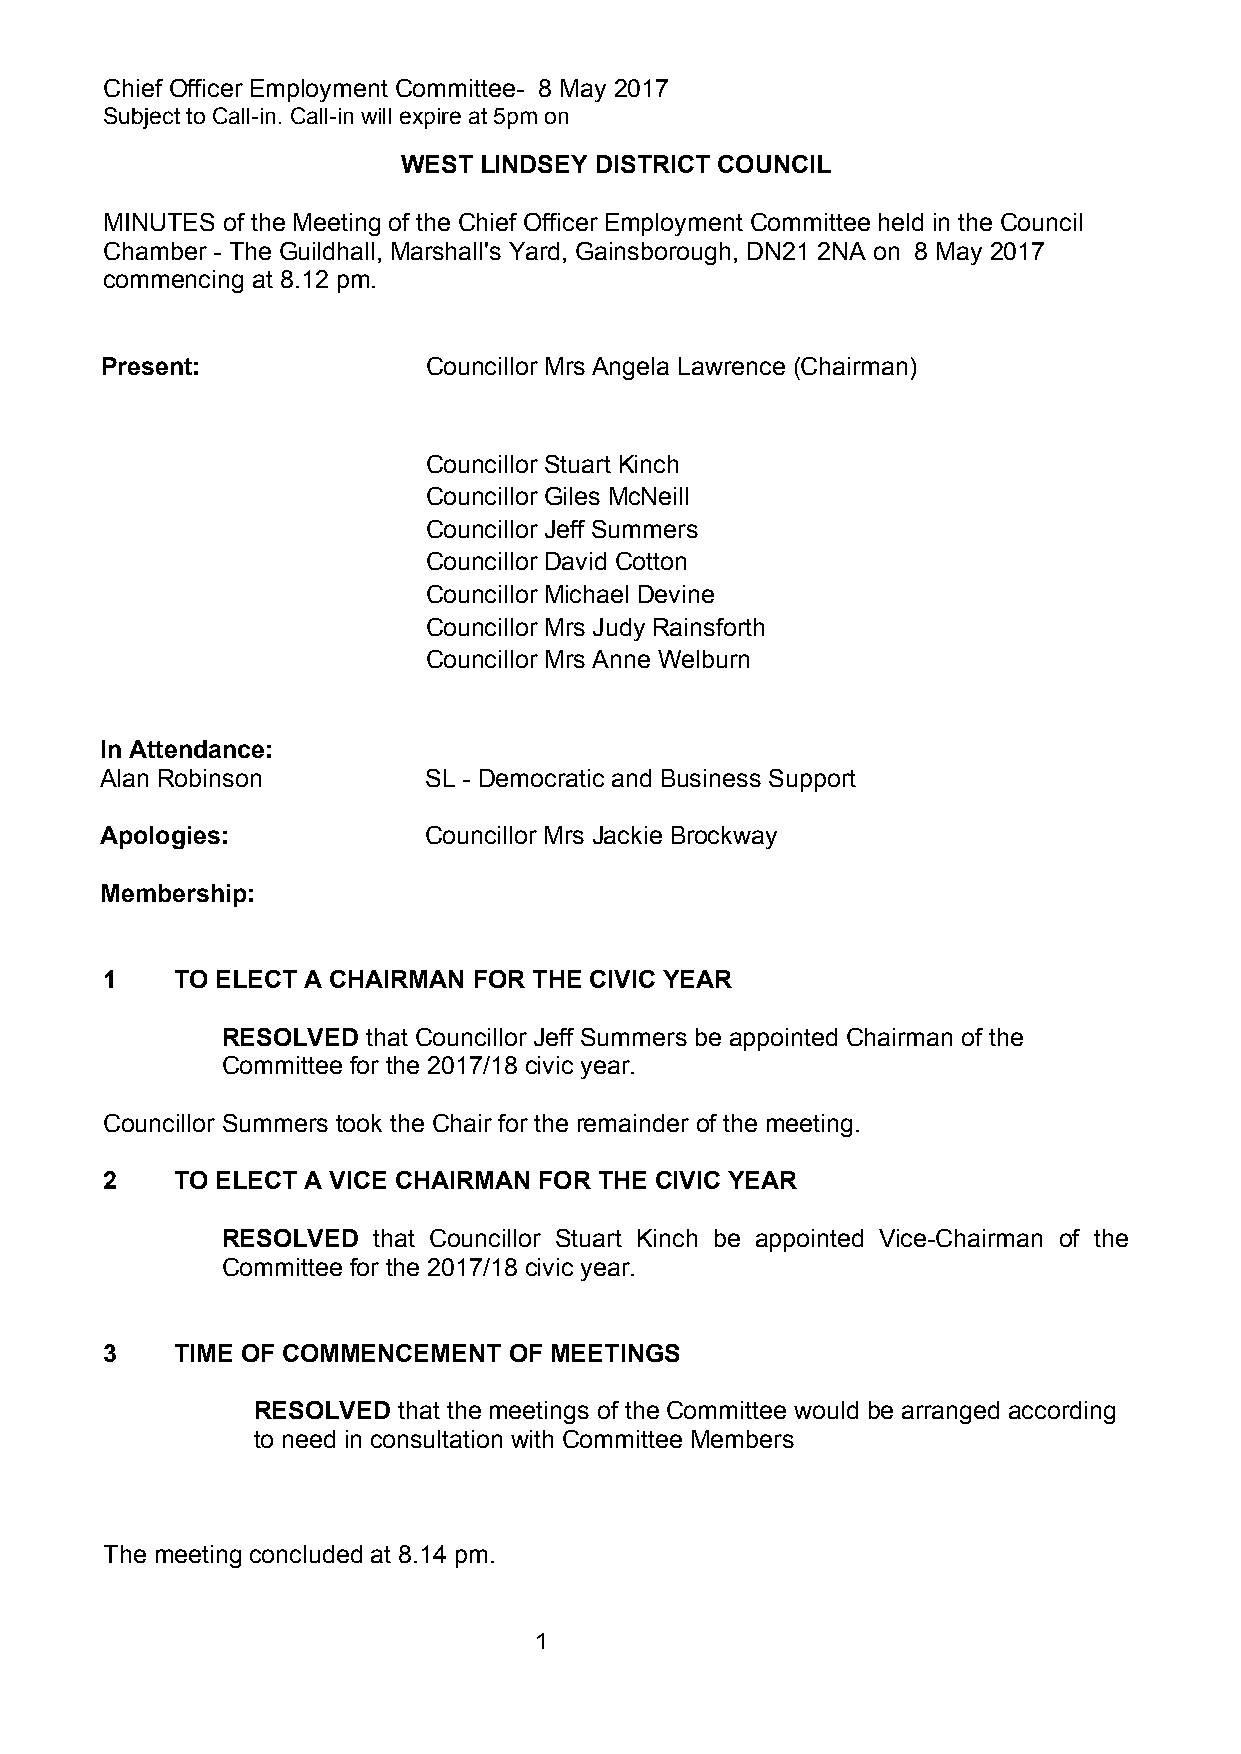
Chief Officer Employment Committee- 8 May 2017
 Subject to Call-in. Call-in will expire at 5pm on
 WEST LINDSEY DISTRICT COUNCIL
 MINUTES of the Meeting of the Chief Officer Employment Committee held in the Council
 Chamber - The Guildhall, Marshall's Yard, Gainsborough, DN21 2NA on 8 May 2017
 commencing at 8.12 pm.
 Present:             Councillor Mrs Angela Lawrence (Chairman)
 Councillor Stuart Kinch
 Councillor Giles McNeill
 Councillor Jeff Summers
 Councillor David Cotton
 Councillor Michael Devine
 Councillor Mrs Judy Rainsforth
 Councillor Mrs Anne Welburn
 In Attendance:
 Alan Robinson        SL - Democratic and Business Support
 Apologies:           Councillor Mrs Jackie Brockway
 Membership:
 1    TO ELECT A CHAIRMAN FOR THE CIVIC YEAR
 RESOLVED that Councillor Jeff Summers be appointed Chairman of the
 Committee for the 2017/18 civic year.
 Councillor Summers took the Chair for the remainder of the meeting.
 2    TO ELECT A VICE CHAIRMAN FOR THE CIVIC YEAR
 RESOLVED  that Councillor Stuart Kinch be appointed Vice-Chairman of the
 Committee for the 2017/18 civic year.
 3    TIME OF COMMENCEMENT  OF MEETINGS
 RESOLVED that the meetings of the Committee would be arranged according
 to need in consultation with Committee Members
 The meeting concluded at 8.14 pm.
 1